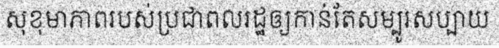
សុខុមាភាពរបស់ប្រជាពលរដ្ឋឲ្យកាន់តែសម្បូរសប្បាយ